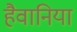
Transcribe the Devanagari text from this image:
हैवानिया